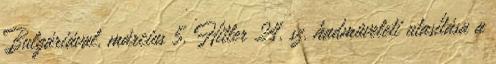
Bulgáriával. március 5. Hitler 24. sz. hadmûveleti utasítása a